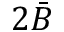
2 { \bar { B } }